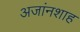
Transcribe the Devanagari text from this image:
अजांनशाह